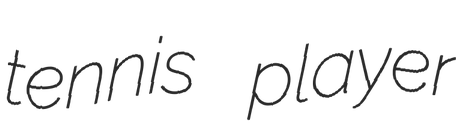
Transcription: tennis player